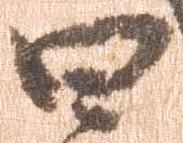
四